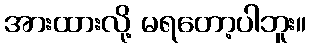
အားထားလို့ မရတော့ပါဘူး။